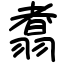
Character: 翥